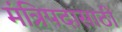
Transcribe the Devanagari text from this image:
मंत्रिपदासाठी